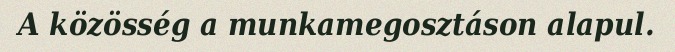
A közösség a munkamegosztáson alapul.